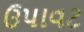
ઉપાવટ